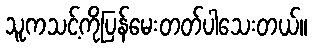
သူကသင့်ကိုပြန်မေးတတ်ပါသေးတယ်။